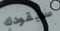
سيقودك